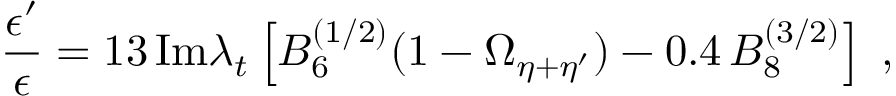
\frac { \epsilon ^ { \prime } } { \epsilon } = 1 3 \, \mathrm { I m } \lambda _ { t } \left[ B _ { 6 } ^ { ( 1 / 2 ) } ( 1 - \Omega _ { \eta + \eta ^ { \prime } } ) - 0 . 4 \, B _ { 8 } ^ { ( 3 / 2 ) } \right] \; ,